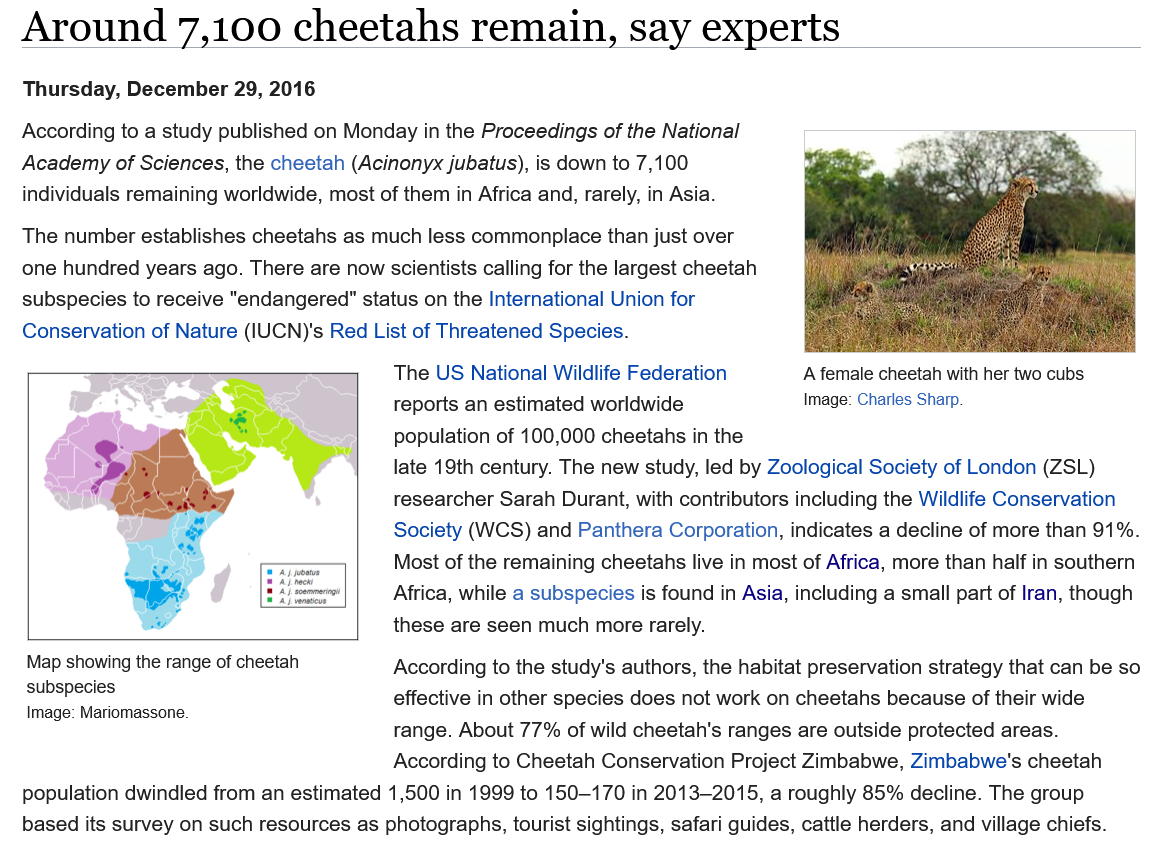
Around    7,100    cheetahs    remain,    say    experts
   According to a study published on Monday in the Proceedings of the National
   Academy of Sciences, the cheetah (Acinonyx jubatus), is down to 7,100
   individuals remaining worldwide, most of them in Africa and, rarely, in Asia.
   The number establishes cheetahs as much less commonplace than just over
   one hundred years ago. There are now scientists calling for the largest cheetah
   subspecies to receive "endangered" status on the International Union for
   Conservation of Nature (IUCN)'s Red List of Threatened Species.
     The US  National Wildlife Federation
     reports an estimated worldwide
     population of 100,000 cheetahs in the
     late 19th century. The new study, led by Zoological Society of London (ZSL)
     researcher Sarah Durant, with contributors including the Wildlife Conservation
     Society (WCS) and Panthera Corporation, indicates a decline of more than 91%.
     Most of the remaining cheetahs live in most of Africa, more than half in southern
     Africa, while a subspecies is found in Asia, including a small part of Iran, though
     these are seen much more rarely.
     According to the study's authors, the habitat preservation strategy that can be so
     effective in other species does not work on cheetahs because of their wide
     range. About 77% of wild cheetah's ranges are outside protected areas.
     According to Cheetah Conservation Project Zimbabwe, Zimbabwe's cheetah
   population dwindled from an estimated 1,500 in 1999 to 150-170 in 2013-2015, a roughly 85% decline. The group
   based its survey on such resources as photographs, tourist sightings, safari guides, cattle herders, and village chiefs.
   Map showing the range of cheetah
   subspecies
   Image: Mariomassone.
     A female cheetah with her two cubs
     Image: Charles Sharp.
   Thursday, December 29, 2016